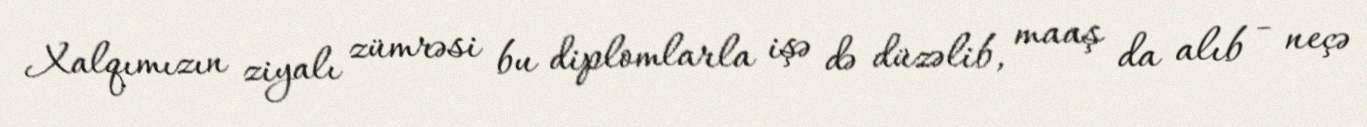
Xalqımızın ziyalı zümrəsi bu diplomlarla işə də düzəlib, maaş da alıb - neçə